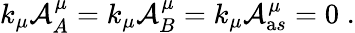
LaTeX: k_{\mu}{\cal A}_{A}^{\mu}=k_{\mu}{\cal A}_{B}^{\mu}=k_{\mu}{\cal A}_{\mathrm as}^{\mu}=0\; .